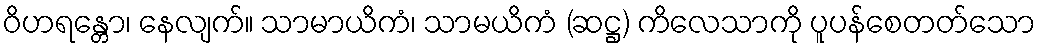
ဝိဟရန္တော၊ နေလျက်။ သာမာယိကံ၊ သာမယိကံ (ဆဋ္ဌ) ကိလေသာကို ပူပန်စေတတ်သော